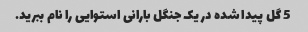
5 گل پیدا شده در یک جنگل بارانی استوایی را نام ببرید.